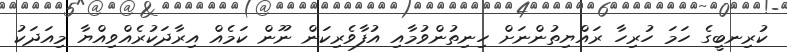
ކުރިނބީގެ ހަމަ ހުރިހާ ރައްޔިތުންނަށް ހިނިތުންވުމާއި އުފާވެރިކަން ނޫން ކަމެއް އިރާދަކުރެއްވިއްޔާ މިއަދަކު